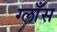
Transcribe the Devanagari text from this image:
ग्लाँस